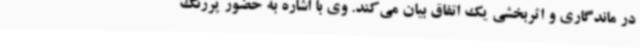
در ماندگاری و اثربخشی یک اتفاق بیان می‌کند. وی با اشاره به حضور پررنگ